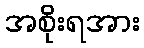
အစိုးရအား